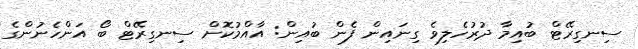
ސިނގިރޭޓް ބުއިމާ ދުރުހެލިވެ ގިނައިން ފެން ބުއިން: އާއްމުކޮށް ސިނގިރޭޓް ބޯ އަންހެނުންގެ